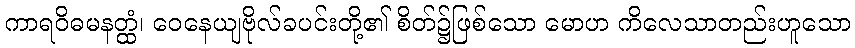
ကာရဝိဓမနတ္ထံ၊ ဝေနေယျဗိုလ်ခပင်းတို့၏ စိတ်၌ဖြစ်သော မောဟ ကိလေသာတည်းဟူသော